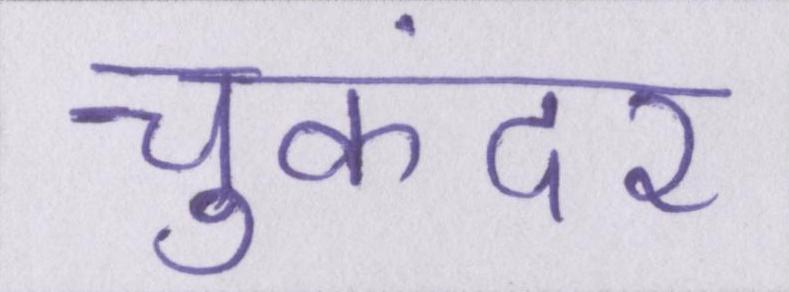
चुकंदर